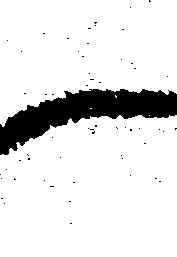
候